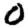
Digit: 0